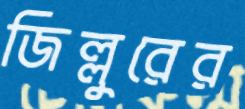
জিল্লুরের